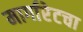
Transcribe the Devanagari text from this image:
मार्गारेटचा